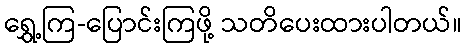
ရွှေ့ကြ-ပြောင်းကြဖို့ သတိပေးထားပါတယ်။